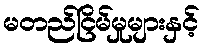
မတည်ငြိမ်မှုများနှင့်